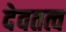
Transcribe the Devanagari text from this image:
देवतत्व